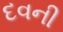
દવની